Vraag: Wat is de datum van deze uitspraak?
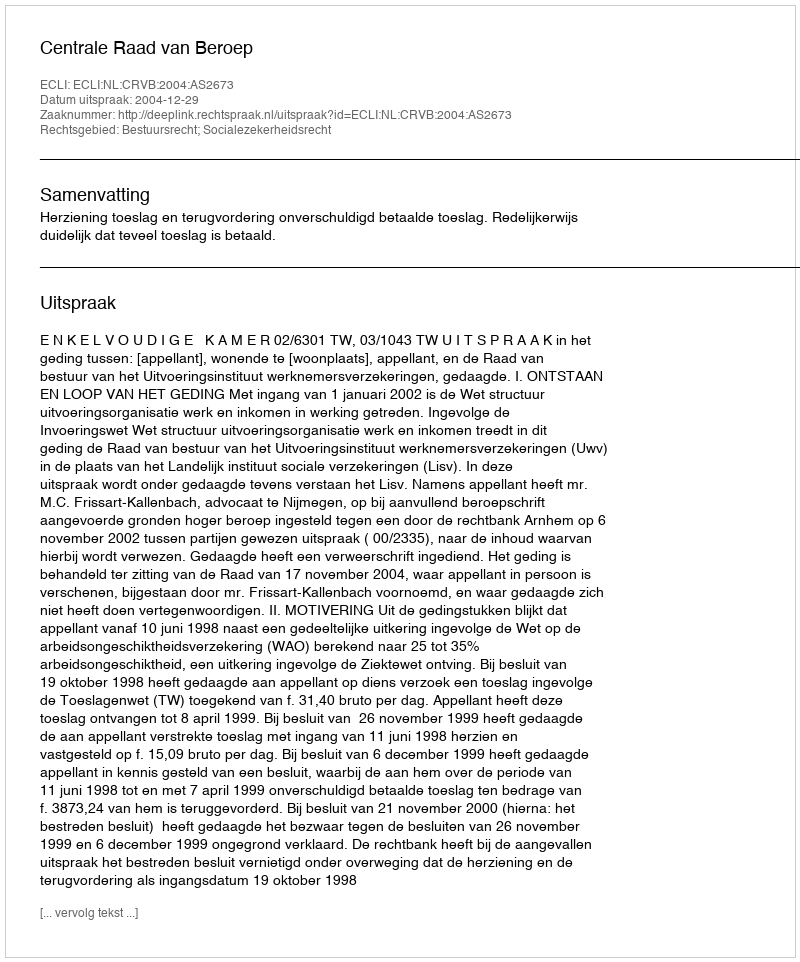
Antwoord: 2004-12-29